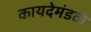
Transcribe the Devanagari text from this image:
कायदेमंडळे